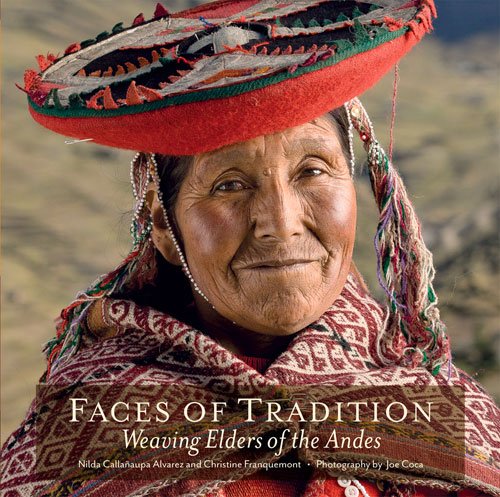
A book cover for Faces of Tradition: Weaving Elders of the Andes; Nilda CallaÃ±aupa Alvarez; Crafts, Hobbies & Home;